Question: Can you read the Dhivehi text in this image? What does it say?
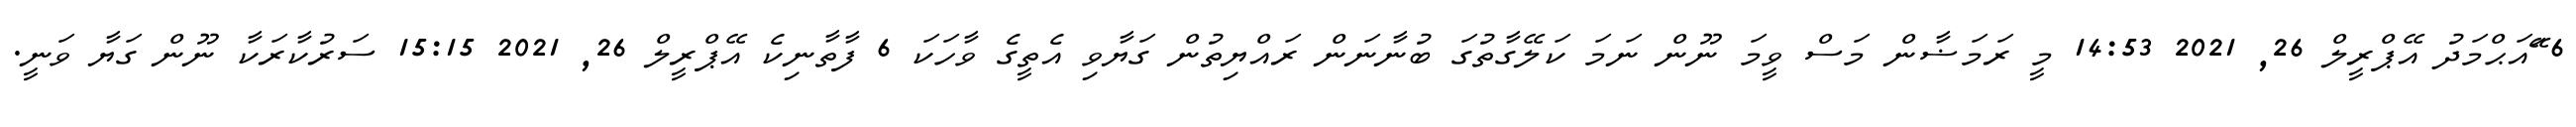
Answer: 6 ޭައަޙްމަދު އޭޕްރީލް 26, 2021 14:53 މީ ރަމަޟާން މަސް ވީމަ ނޫން ނަމަ ކަލޭގާތުގަ ބުނާނަން ރައްޔިތުން ގަޔާވި އެތީގެ ވާހަކަ 6 ފާތާނިކެ އޭޕްރީލް 26, 2021 15:15 ސަރުކާރަކާ ނޫން ގަޔާ ވަނީ.